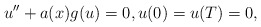
\begin{align*}u'' + a(x) g(u) = 0, u(0) = u(T) = 0,\end{align*}